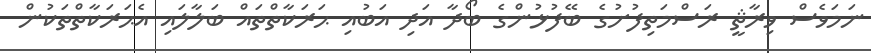
ނަމަވެސް ވިރާޘީ ރަސްމަތިފުށުގެ ބޭފުޅުންގެ ބޯދާ އަދި އަބުއި ޙަރަކާތްތައް ބަލާލައި އެޙަރަކާތްތަކުން